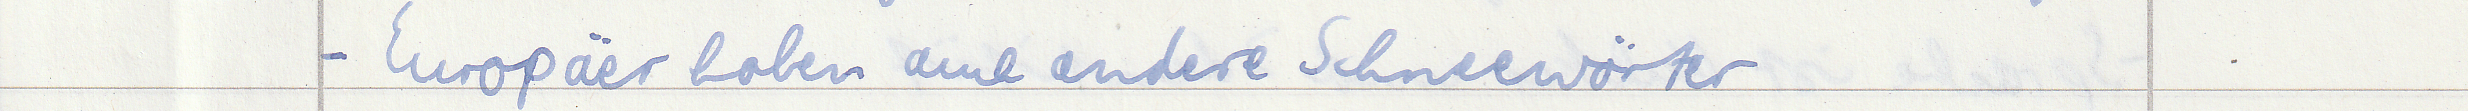
- Europäer haben auch andere Schneewörter